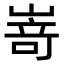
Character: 嵜